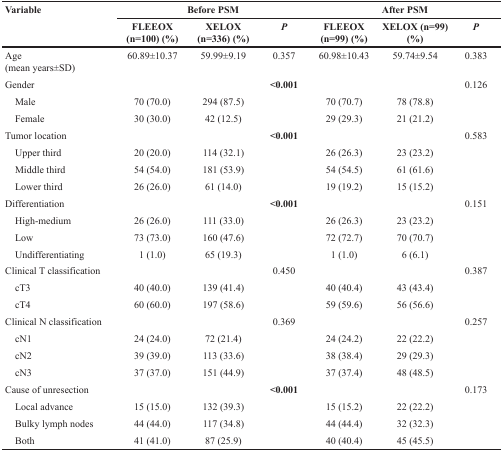
<table><thead><tr><td rowspan="2"><b>Variable</b></td><td colspan="3"><b>Before PSM</b></td><td colspan="3"><b>After PSM</b></td></tr><tr><td><b>FLEEOX (n=100) (%)</b></td><td><b>XELOX (n=336) (%)</b></td><td><b><i>P</i></b></td><td><b>FLEEOX (n=99) (%)</b></td><td><b>XELOX (n=99) (%)</b></td><td><b><i>P</i></b></td></tr></thead><tbody><tr><td>Age(mean years±SD)</td><td>60.89±10.37</td><td>59.99±9.19</td><td>0.357</td><td>60.98±10.43</td><td>59.74±9.54</td><td>0.383</td></tr><tr><td>Gender</td><td></td><td></td><td><b>&lt;0.001</b></td><td></td><td></td><td>0.126</td></tr><tr><td> Male</td><td>70 (70.0)</td><td>294 (87.5)</td><td></td><td>70 (70.7)</td><td>78 (78.8)</td><td></td></tr><tr><td> Female</td><td>30 (30.0)</td><td>42 (12.5)</td><td></td><td>29 (29.3)</td><td>21 (21.2)</td><td></td></tr><tr><td>Tumor location</td><td></td><td></td><td><b>&lt;0.001</b></td><td></td><td></td><td>0.583</td></tr><tr><td> Upper third</td><td>20 (20.0)</td><td>114 (32.1)</td><td></td><td>26 (26.3)</td><td>23 (23.2)</td><td></td></tr><tr><td> Middle third</td><td>54 (54.0)</td><td>181 (53.9)</td><td></td><td>54 (54.5)</td><td>61 (61.6)</td><td></td></tr><tr><td> Lower third</td><td>26 (26.0)</td><td>61 (14.0)</td><td></td><td>19 (19.2)</td><td>15 (15.2)</td><td></td></tr><tr><td>Differentiation</td><td></td><td></td><td><b>&lt;0.001</b></td><td></td><td></td><td>0.151</td></tr><tr><td> High-medium</td><td>26 (26.0)</td><td>111 (33.0)</td><td></td><td>26 (26.3)</td><td>23 (23.2)</td><td></td></tr><tr><td> Low</td><td>73 (73.0)</td><td>160 (47.6)</td><td></td><td>72 (72.7)</td><td>70 (70.7)</td><td></td></tr><tr><td> Undifferentiating</td><td>1 (1.0)</td><td>65 (19.3)</td><td></td><td>1 (1.0)</td><td>6 (6.1)</td><td></td></tr><tr><td>Clinical T classification</td><td></td><td></td><td>0.450</td><td></td><td></td><td>0.387</td></tr><tr><td> cT3</td><td>40 (40.0)</td><td>139 (41.4)</td><td></td><td>40 (40.4)</td><td>43 (43.4)</td><td></td></tr><tr><td> cT4</td><td>60 (60.0)</td><td>197 (58.6)</td><td></td><td>59 (59.6)</td><td>56 (56.6)</td><td></td></tr><tr><td>Clinical N classification</td><td></td><td></td><td>0.369</td><td></td><td></td><td>0.257</td></tr><tr><td> cN1</td><td>24 (24.0)</td><td>72 (21.4)</td><td></td><td>24 (24.2)</td><td>22 (22.2)</td><td></td></tr><tr><td> cN2</td><td>39 (39.0)</td><td>113 (33.6)</td><td></td><td>38 (38.4)</td><td>29 (29.3)</td><td></td></tr><tr><td> cN3</td><td>37 (37.0)</td><td>151 (44.9)</td><td></td><td>37 (37.4)</td><td>48 (48.5)</td><td></td></tr><tr><td>Cause of unresection</td><td></td><td></td><td><b>&lt;0.001</b></td><td></td><td></td><td>0.173</td></tr><tr><td> Local advance</td><td>15 (15.0)</td><td>132 (39.3)</td><td></td><td>15 (15.2)</td><td>22 (22.2)</td><td></td></tr><tr><td> Bulky lymph nodes</td><td>44 (44.0)</td><td>117 (34.8)</td><td></td><td>44 (44.4)</td><td>32 (32.3)</td><td></td></tr><tr><td> Both</td><td>41 (41.0)</td><td>87 (25.9)</td><td></td><td>40 (40.4)</td><td>45 (45.5)</td><td></td></tr></tbody></table>